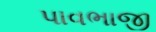
પાવભાજી